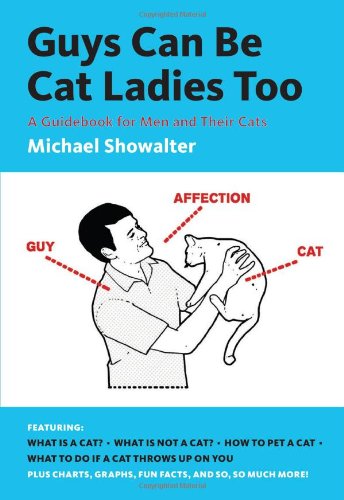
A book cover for Guys Can Be Cat Ladies Too; Michael Showalter; Humor & Entertainment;